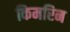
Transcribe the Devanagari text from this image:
किमरिन